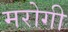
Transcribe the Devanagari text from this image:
मरोगी